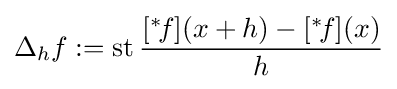
\Delta _{h}f:=\operatorname {st} {\frac {[{}^{*}\!f](x+h)-[{}^{*}\!f](x)}{h}}